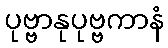
ပုဗ္ဗာနုပုဗ္ဗကာနံ